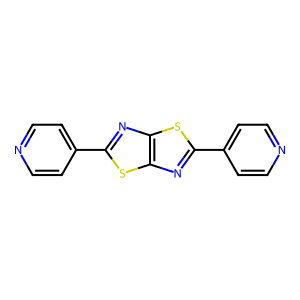
SMILES: c1cc(-c2nc3sc(-c4ccncc4)nc3s2)ccn1
Inhibits HIV replication: No